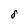
Character: 8